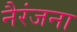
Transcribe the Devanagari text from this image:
नैरंजना